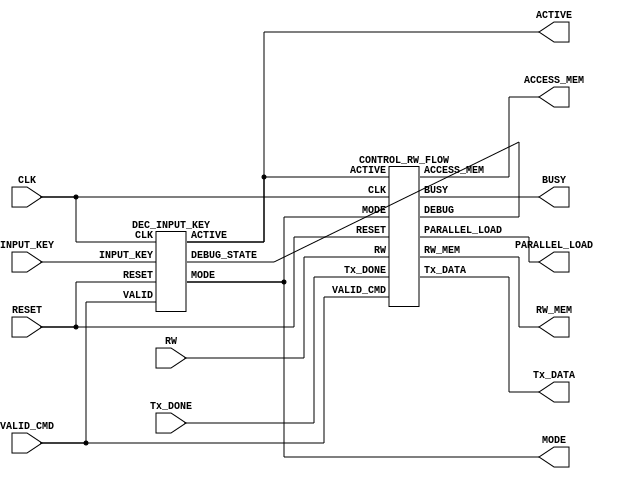
module controller(  output ACTIVE,
                    output MODE,
                    output ACCESS_MEM,
                    output RW_MEM,
                    output PARALLEL_LOAD,
                    output Tx_DATA,
                    output BUSY,
                    input  INPUT_KEY,
                    input  VALID_CMD,
                    input  RW,
                    input  Tx_DONE,
                    input  RESET,
                    input CLK);
    wire ACTIVE_TMP;
    wire MODE_TMP;

    assign ACTIVE = ACTIVE_TMP;
    assign MODE = MODE_TMP;

    wire [2:0]ignore;
    
    DEC_INPUT_KEY DRM(ACTIVE_TMP,MODE_TMP,INPUT_KEY,VALID_CMD,RESET,CLK,ignore);
    CONTROL_RW_FLOW CTRL(ACCESS_MEM,RW_MEM,PARALLEL_LOAD,Tx_DATA,BUSY,ACTIVE_TMP,MODE_TMP,VALID_CMD,RW,Tx_DONE,RESET,CLK,ignore);
endmodule

module DEC_INPUT_KEY(   output reg ACTIVE,
                        output reg MODE,
                        input      INPUT_KEY,
                        input      VALID,
                        input      RESET,
                        input      CLK,
                        output  [2:0] DEBUG_STATE);
    reg s0;
    reg s1;
    reg s2;
    wire s0_;
    wire s1_;
    wire s2_;
    assign s0_ = (s2 & ~s1 & s0) | (VALID & ~INPUT_KEY & s2 & ~s1) | (VALID & INPUT_KEY & ~s2 & ~s0);
    assign s1_ = (s2 & s1 & ~s0) | (VALID & INPUT_KEY & s1 & ~s0) | (VALID & INPUT_KEY & s2 & ~s0) | (VALID & ~INPUT_KEY & ~s2 & ~s1 & s0);
    assign s2_ = (s2 & s1 & ~s0) | (s2 & ~s1 & s0) | (VALID & s2 & ~s1) | (VALID & ~INPUT_KEY & ~s2 & s1 & s0);

    assign DEBUG_STATE = {s2,s1,s0};
    always @(posedge CLK or posedge RESET)
    begin
        if(RESET)
        begin
            s0 <= 0;
            s1 <= 0;
            s2 <= 0;
            ACTIVE <= 0;
            MODE <= 0;
        end
        else
        begin
            s0 <= s0_;
            s1 <= s1_;
            s2 <= s2_;
            
            ACTIVE <= (s2_ & s1_ & ~s0_) | (s2_ & ~s1_ & s0_);
            MODE <= (s2_ & s1_ & ~s0_);
        end
    end
endmodule

module CONTROL_RW_FLOW( output reg ACCESS_MEM,
                        output reg RW_MEM,
                        output reg PARALLEL_LOAD,
                        output reg Tx_DATA,
                        output reg BUSY,
                        input      ACTIVE,
                        input      MODE,
                        input      VALID_CMD,
                        input      RW,
                        input      Tx_DONE,
                        input      RESET,
                        input      CLK,
                        output [2:0] DEBUG);
    reg [2:0] state;
    reg [2:0] next_state;

    assign DEBUG = state;
    
    always @(posedge CLK or posedge RESET)
    begin
        if(RESET)
            state <= 0;
        else
            state <= next_state;
        
    end

    always @(state, ACTIVE,MODE,VALID_CMD,RW,Tx_DONE)
    begin
        case(state)
            0:begin
                if(VALID_CMD == 1 && RW == 0 && ACTIVE == 1 && MODE == 1) next_state <= 1;
                else if(VALID_CMD == 1 && RW == 1 && ACTIVE == 1 && MODE == 1) next_state <= 4;
                else if(VALID_CMD == 1 && ACTIVE == 1 && MODE == 0) next_state <= 5;
                else next_state <= 0;
            end
            1:begin
                if(ACTIVE == 1 && MODE == 1) next_state <= 2;
                else next_state <= 0;
            end
            2:begin
                if(ACTIVE == 1 && MODE == 1) next_state <= 3;
                else next_state <= 0;
            end
            3:begin
                if(ACTIVE == 1 && MODE == 1 && Tx_DONE == 0) next_state <= 3;
                else next_state <= 0;
            end
            4:begin
                next_state <= 0;
            end
            5:begin
                if(ACTIVE == 1 && MODE == 0) next_state <= 6;
                else next_state <= 0;
            end
            6:begin
                if(ACTIVE == 1 && MODE == 0 && Tx_DONE == 0) next_state <= 6;
                else next_state <= 0;
            end
        endcase
    end

    always @(state)
    begin
        case(state)
            0:begin
                ACCESS_MEM <= 0;
                RW_MEM <= 0;
                PARALLEL_LOAD <= 0;
                Tx_DATA <= 0;
                BUSY <= 0;
            end
            1:begin
                ACCESS_MEM <= 1;
                RW_MEM <= 0;
                PARALLEL_LOAD <= 0;
                Tx_DATA <= 0;
                BUSY <= 1;
            end
            2:begin
                ACCESS_MEM <= 0;
                RW_MEM <= 0;
                PARALLEL_LOAD <= 1;
                Tx_DATA <= 0;
                BUSY <= 1;
            end
            3:begin
                ACCESS_MEM <= 0;
                RW_MEM <= 0;
                PARALLEL_LOAD <= 0;
                Tx_DATA <= 1;
                BUSY <= 1;
            end
            4:begin
                ACCESS_MEM <= 1;
                RW_MEM <= 1;
                PARALLEL_LOAD <= 0;
                Tx_DATA <= 0;
                BUSY <= 0;
            end
            5:begin
                ACCESS_MEM <= 0;
                RW_MEM <= 0;
                PARALLEL_LOAD <= 1;
                Tx_DATA <= 0;
                BUSY <= 1;
            end
            6:begin
                ACCESS_MEM <= 0;
                RW_MEM <= 0;
                PARALLEL_LOAD <= 0;
                Tx_DATA <= 1;
                BUSY <= 1;
            end
        endcase
    end
endmodule